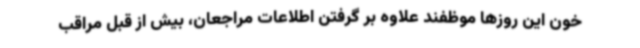
خون این روزها موظفند علاوه بر گرفتن اطلاعات مراجعان، بیش از قبل مراقب